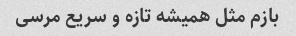
بازم مثل همیشه تازه و سریع مرسی